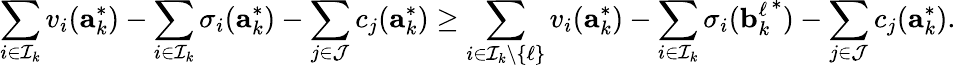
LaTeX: \sum_{i\in\mathcal{I}_{k}}v_{i}(\mathbf{a}_{k}^{*})-\sum_{i\in\mathcal{I}_{k}}\sigma_{i}(\mathbf{a}_{k}^{*})-\sum_{j\in\mathcal{J}}c_{j}(\mathbf{a}_{k}^{*})\geq\sum_{i\in\mathcal{I}_{k}\setminus\{ \ell\} }v_{i}(\mathbf{a}_{k}^{*})-\sum_{i\in\mathcal{I}_{k}}\sigma_{i}({\mathbf{b}_{k}^{\ell}}^{*})-\sum_{j\in\mathcal{J}}c_{j}(\mathbf{a}_{k}^{*}).